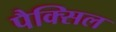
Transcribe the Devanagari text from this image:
पैक्सिल